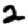
Digit: 2